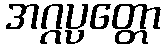
အဂ္ဂပ္ပတ္တော